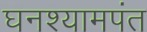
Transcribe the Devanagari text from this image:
घनश्यामपंत